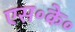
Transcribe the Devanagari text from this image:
एस॰के॰